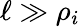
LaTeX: \ell\gg\rho_{i}